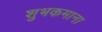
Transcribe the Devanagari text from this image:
शुभकमाना